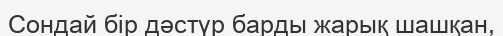
Сондай бір дəстүр барды жарық шашқан,